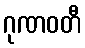
ဂုဏဝတီ